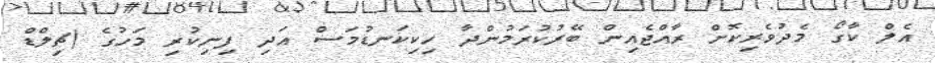
އެލް ކާގޯ މެދުވެރިކޮށް ރާއްޖެއިން ބޭރުކުރަމުންދާ ހިކިކަނޑުމަސް އަދި ފިނިކުރި މަހުގެ (ޗިލްޑް